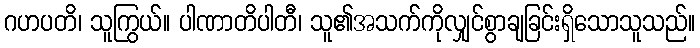
ဂဟပတိ၊ သူကြွယ်။ ပါဏာတိပါတီ၊ သူ၏အသက်ကိုလျှင်စွာချခြင်းရှိသောသူသည်။